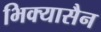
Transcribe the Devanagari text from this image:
भिक्यासैन